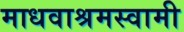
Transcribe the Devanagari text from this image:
माधवाश्रमस्वामी